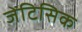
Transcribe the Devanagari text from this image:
जेंटिसिक